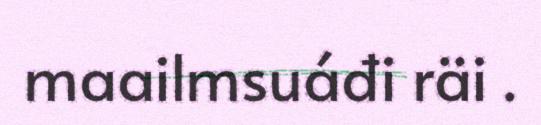
maailmsuáđi räi .